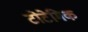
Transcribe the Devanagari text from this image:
टोटेमिक